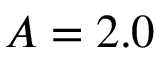
A = 2 . 0